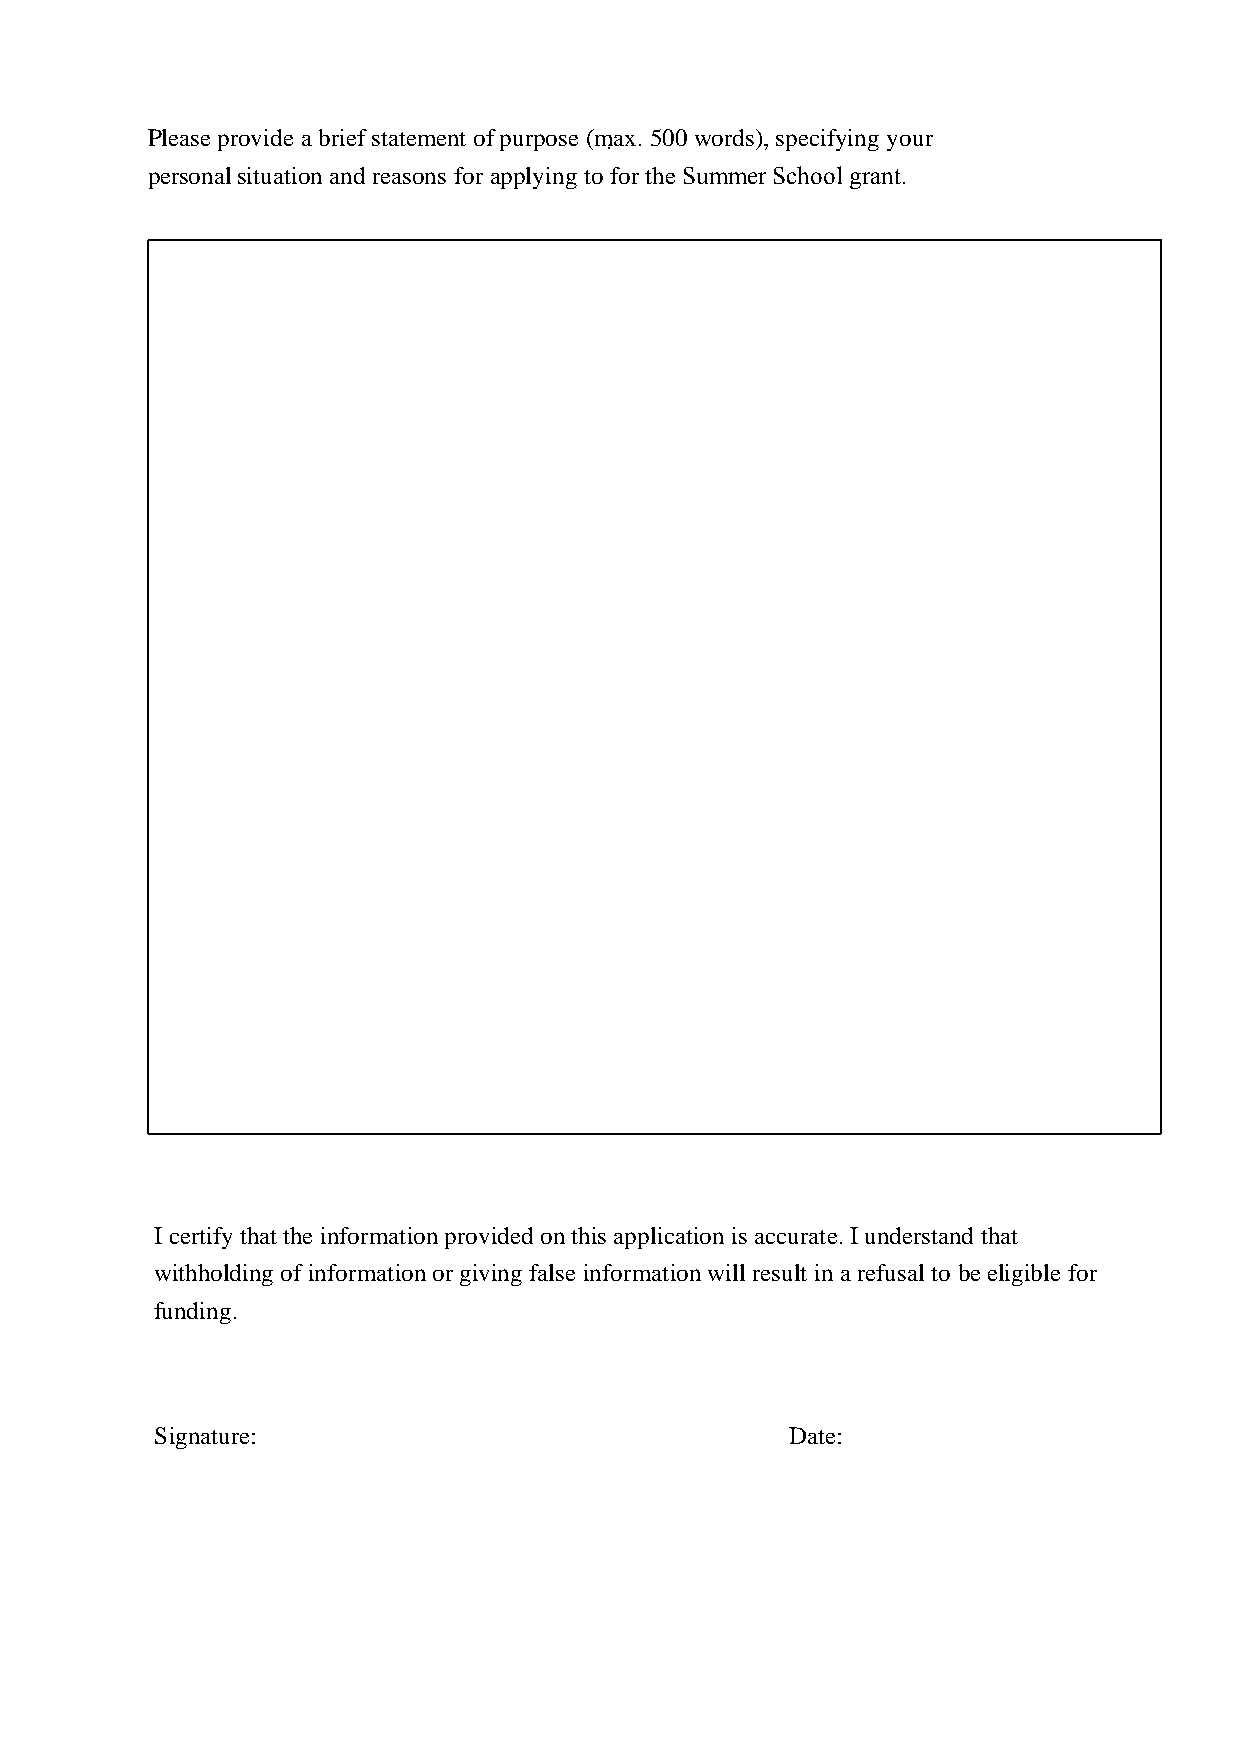
Please provide a brief statement of purpose (max. 500 words), specifying your
 personal situation and reasons for applying to for the Summer School grant.
 I certify that the information provided on this application is accurate. I understand that
 withholding of information or giving false information will result in a refusal to be eligible for
 funding.
 Signature:                                Date: